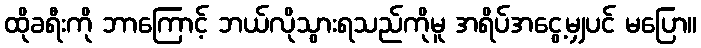
ထိုခရီးကို ဘာကြောင့် ဘယ်လိုသွားရသည်ကိုမူ အရိပ်အငွေ့မျှပင် မပြော။